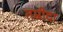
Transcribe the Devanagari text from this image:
तम्रीदा